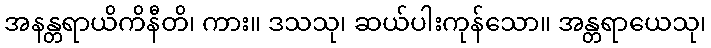
အနန္တရာယိကိနီတိ၊ ကား။ ဒသသု၊ ဆယ်ပါးကုန်သော။ အန္တရာယေသု၊